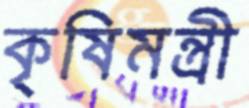
কৃষিমন্ত্রী